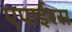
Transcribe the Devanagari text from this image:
एपाईरस